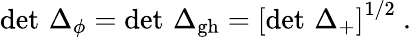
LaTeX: \operatorname*{det}\, \Delta_{\phi}=\operatorname*{det}\, \Delta_{\mathrm{gh}}=\left[\operatorname*{det}\, \Delta_{+}\right]^{1/2}\ .